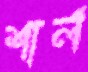
শার্ল